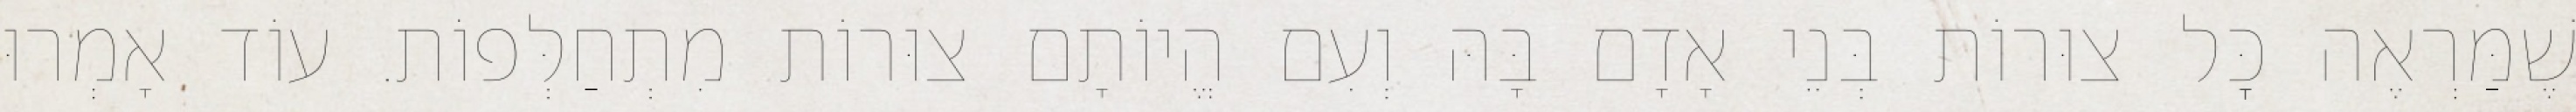
שֶׁמַּרְאֶה כׇּל צוּרוֹת בְּנֵי אָדָם בָּהּ וְעִם הֱיוֹתָם צוּרוֹת מִתְחַלְּפוֹת. עוֹד אָמְרוּ